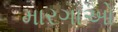
મારગાઓ